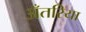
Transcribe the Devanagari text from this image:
अँतरिया